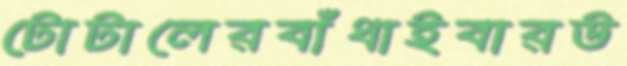
টোটালেরবাঁধাইবারউ